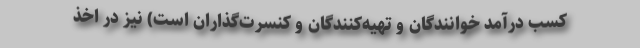
کسب درآمد خوانندگان و تهیه‌کنندگان و کنسرت‌گذاران است) نیز در اخذ